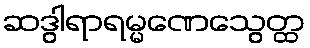
ဆဒွါရာရမ္မဏေသွေတ္ထ